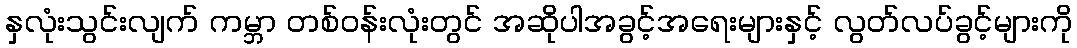
နှလုံးသွင်းလျက် ကမ္ဘာ တစ်ဝန်းလုံးတွင် အဆိုပါအခွင့်အရေးများနှင့် လွတ်လပ်ခွင့်များကို